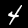
Label: 4